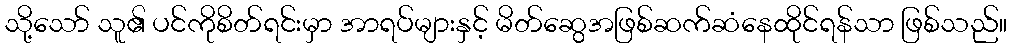
သို့သော် သူ၏ ပင်ကိုစိတ်ရင်းမှာ အာရပ်များနှင့် မိတ်ဆွေအဖြစ်ဆက်ဆံနေထိုင်ရန်သာ ဖြစ်သည်။